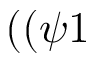
( ( \psi 1